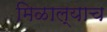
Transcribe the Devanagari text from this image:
मिळाल्याच